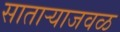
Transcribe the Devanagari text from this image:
साताऱ्याजवळ